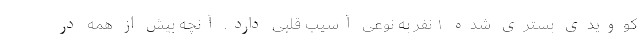
کوویدی بستری شده ۱ نفر به نوعی آسیب قلبی دارد. آنچه بیش از همه در